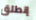
إنطلق